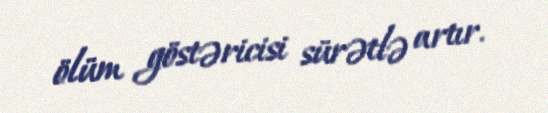
ölüm göstəricisi sürətlə artır.